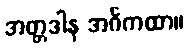
အတ္တဒါန အင်္ဂကထာ။